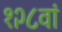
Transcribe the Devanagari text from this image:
१२८वां